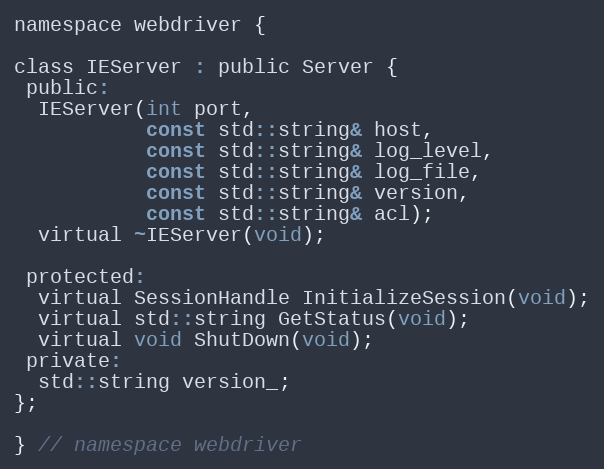
Language: C
namespace webdriver {

class IEServer : public Server {
 public:
  IEServer(int port,
           const std::string& host,
           const std::string& log_level,
           const std::string& log_file,
           const std::string& version,
           const std::string& acl);
  virtual ~IEServer(void);

 protected:
  virtual SessionHandle InitializeSession(void);
  virtual std::string GetStatus(void);
  virtual void ShutDown(void);
 private:
  std::string version_;
};

} // namespace webdriver